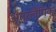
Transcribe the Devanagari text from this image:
अंतरलैंगिक